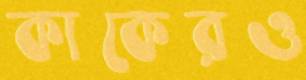
কাকেরও